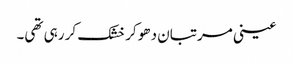
عینی مرتبان دھو کر خشک کر رہی تھی۔